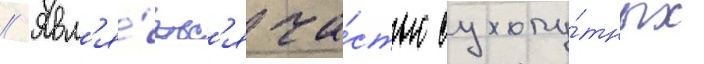
// Явл'я́етс'я ча́стью сухопу́тных